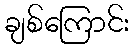
ချစ်ကြောင်း